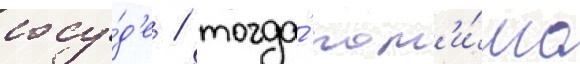
сосу́д'е / тогда́ пом'и́мо